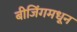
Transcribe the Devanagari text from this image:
बीजिंगमधून